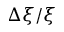
\Delta \xi / \xi